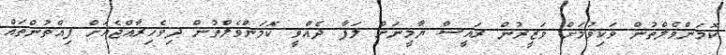
ކޮމަންވެލްތުން ވަކިވުމަށް ވަޒީރުން ރައީސް ޔާމީނަށް ލަފާ ދެއްވީ ކޮމަންވެލްތުން ދިވެހިރާއްޖެއަށް ފިއްތުންތައް